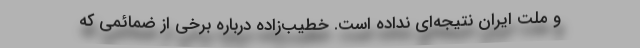
و ملت ایران نتیجه‌ای نداده است. خطیب‌زاده درباره برخی از ضمائمی که